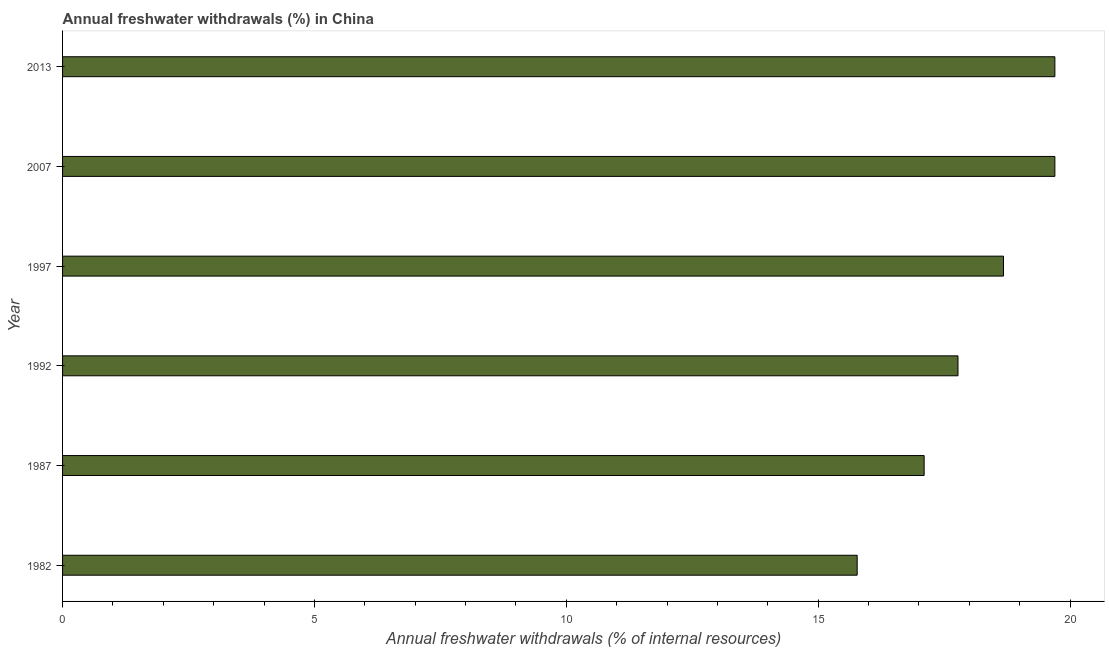
| Year | Annual freshwater withdrawals |
 | --- | --- |
 | 1982 | 15.8 |
 | 1987 | 17.1 |
 | 1992 | 17.8 |
 | 1997 | 18.7 |
 | 2007 | 19.7 |
 | 2013 | 19.7 |